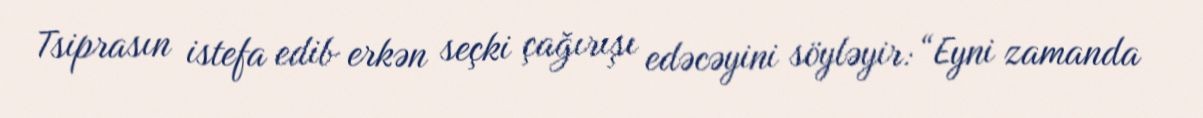
Tsiprasın istefa edib erkən seçki çağırışı edəcəyini söyləyir: “Eyni zamanda